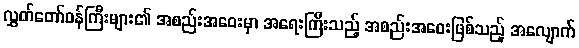
လွှတ်တော်ဝန်ကြီးများ၏ အစည်းအဝေးမှာ အရေးကြီးသည့် အစည်းအဝေးဖြစ်သည့် အလျောက်